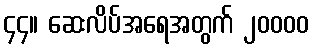
၄၄။ ဆေးလိပ်အရေအတွက် ၂၀၀၀၀